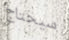
سيحتاج